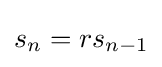
s_{n}=rs_{n-1}